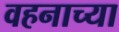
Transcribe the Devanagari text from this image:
वहनाच्या